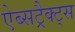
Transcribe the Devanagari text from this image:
ऐब्सट्रैक्ट्स